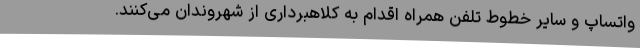
واتساپ و سایر خطوط تلفن همراه اقدام به کلاهبرداری از شهروندان می‌کنند.